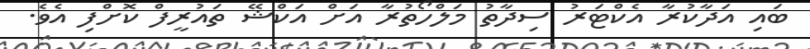
ބައި އަދާކުރާ އެކްޓަރު ސިދާތު މަލްހޯތުރާ އަށް އަކްޝޭ ތައުރީފް ކޮށްފި އެވެ.